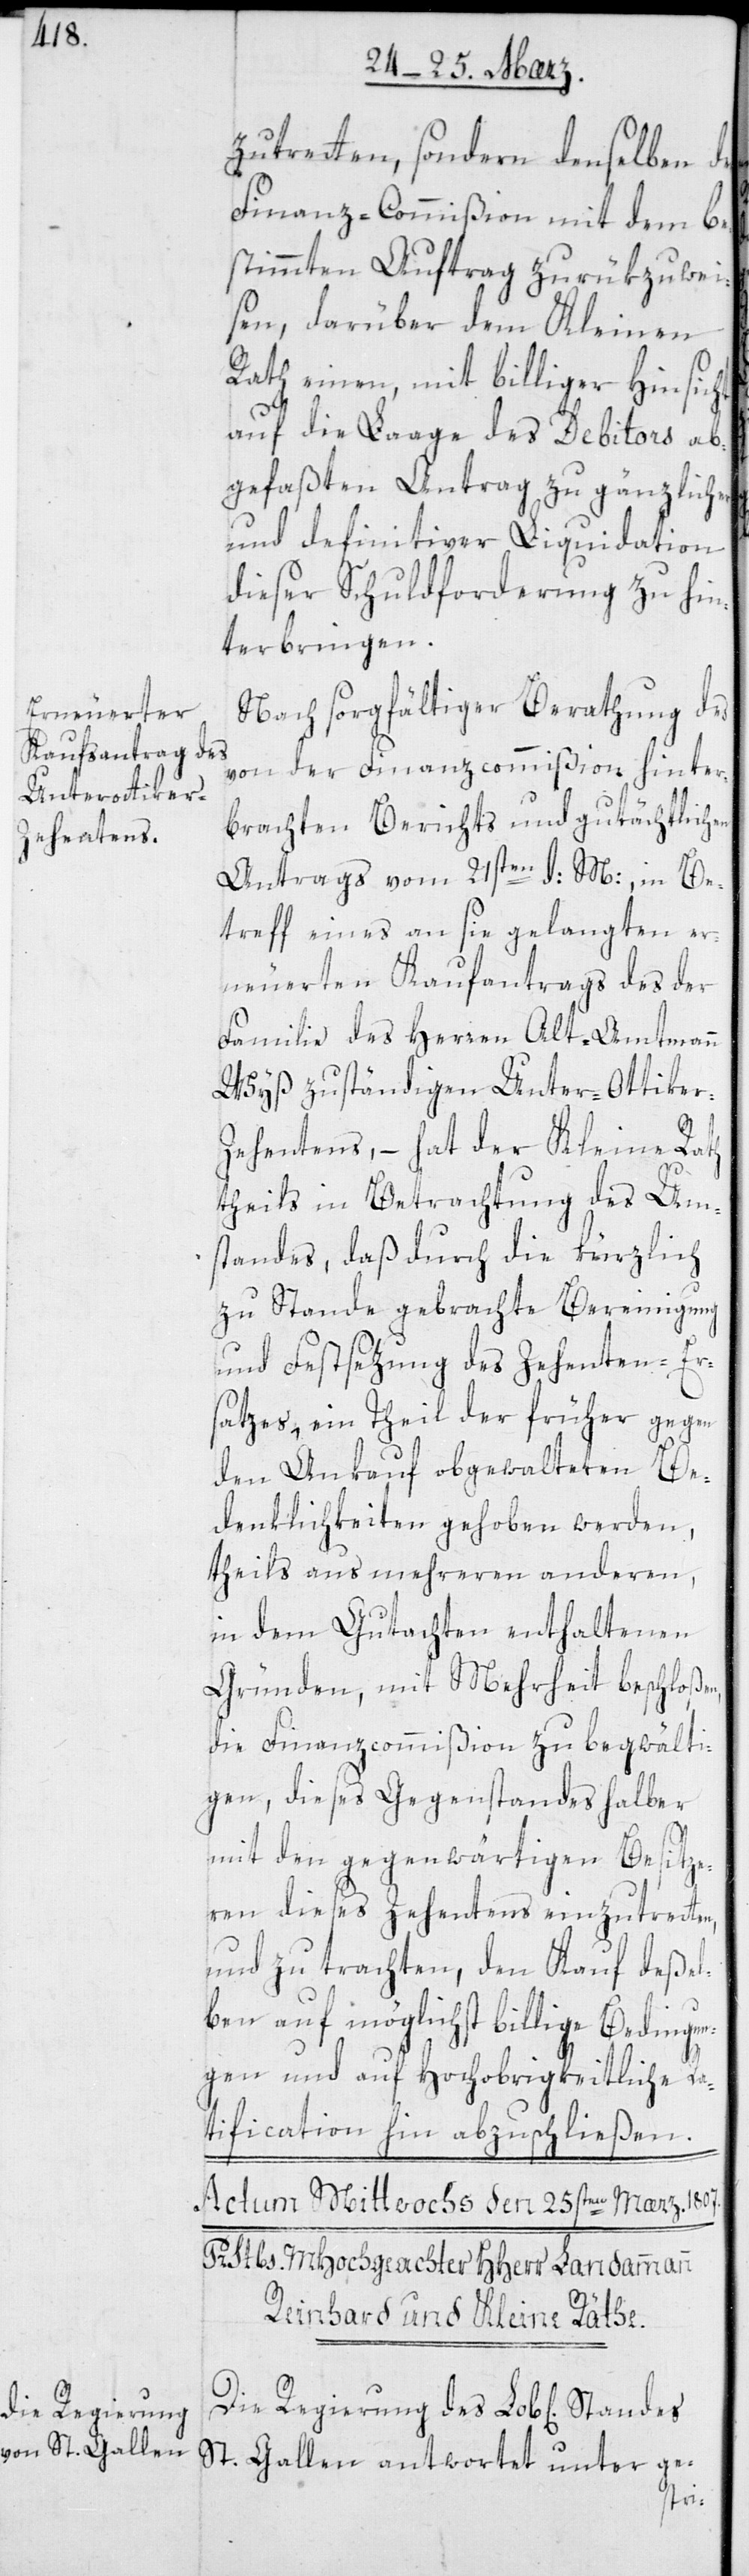
zutreten, sondern denselben d¬
Finanz-Commißion mit dem be¬
stimmten Auftrag zurükzuwei¬
sen, darüber dem Kleinen
Rath einen, mit billiger Hinsicht
auf die Lage des Debitors ab¬
gefaßten Antrag zu gänzlicher
und definitiver Liquidation
dieser Schuldforderung zu hin¬
terbringen.
Nach sorgfältiger Berathung des
von der Finanzcommißion hinter¬
brachten Berichts und gutächtlichen
Antrags vom 21sten d: M[es]:, in Be¬
treff eines an sie gelangten er¬
neuerten Kaufantrags des der
Familie des Herren Alt-Amtmann
Wyß zuständigen Unter-Ottike¬
ehentens, – hat der Kleine Rath
theils in Betrachtung des Um¬
standes, daß durch die kürzlich
zustande gebrachte Bereinigung
und Festsetzung des Zehenten-Er¬
satzes, ein Theil der früher gegen
den Ankauf obgewalteten Be¬
denklichkeiten gehoben werden,
theils aus mehreren anderen,
in dem Gutachten enthaltenen
Gründen, mit Mehrheit beschloßen,
die Finanzcommißion zu begwälti¬
gen, dieses Gegenstandes halber
mit den gegenwärtigen Besitze¬
ren dieses Zehentens einzutreten,
und zu trachten, den Kauf deßel¬
ben auf möglichst billige Bedingun¬
gen und auf Hochobrigkeitliche Ra¬
tification hin abzuschließen.
Die Regierung
r-Z¬